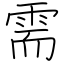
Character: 需